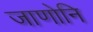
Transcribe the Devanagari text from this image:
जाणोनि